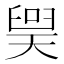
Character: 𪡲